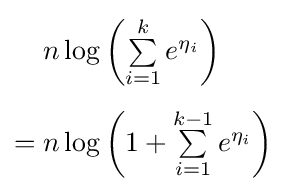
{\begin{aligned}&\textstyle n\log \left(\sum \limits _{i=1}^{k}e^{\eta _{i}}\right)\\[4pt]={}&\textstyle n\log \left(1+\sum \limits _{i=1}^{k-1}e^{\eta _{i}}\right)\end{aligned}}